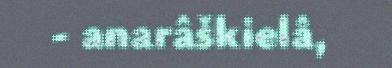
- anarâškielâ,